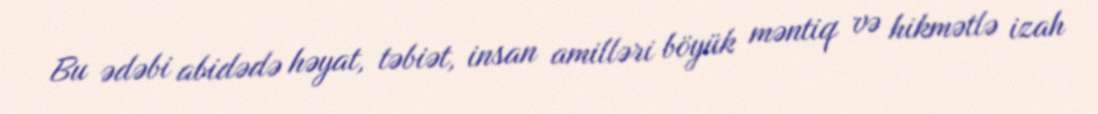
Bu ədəbi abidədə həyat, təbiət, insan amilləri böyük məntiq və hikmətlə izah